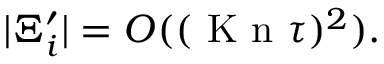
\vert \Xi _ { i } ^ { \prime } \vert = O ( ( \ensuremath { \mathrm { ~ K ~ n ~ } } \tau ) ^ { 2 } ) .